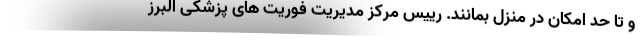
و تا حد امکان در منزل بمانند. رییس مرکز مدیریت فوریت های پزشکی البرز